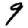
Digit: 9